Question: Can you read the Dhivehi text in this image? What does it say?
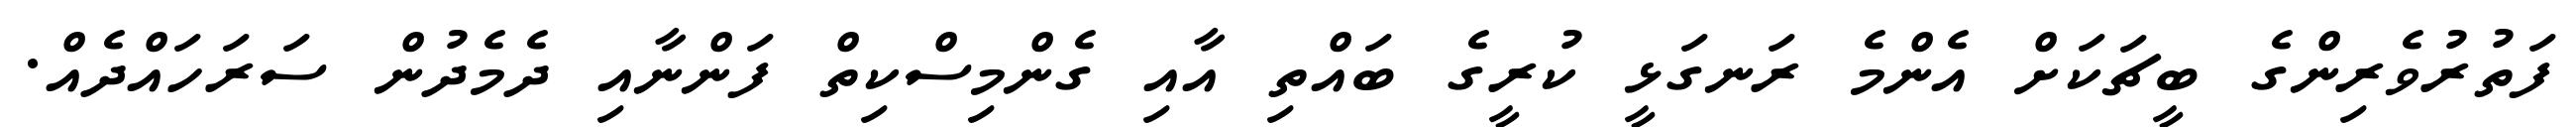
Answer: ފަތުރުވެރިންގެ ބީޗަކަށް އެންމެ ރަނގަޅީ ކުރީގެ ބައްތި އާއި ގެންމިސްކިތް ފަންނާއި ދެމެދުން ސަރަހައްދެއް.